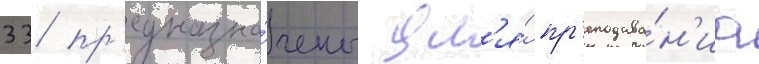
33 пр'едназна́чены дл'я́ пр'еподава́н'иа